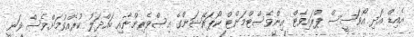
އެއިޑް އަދި އޯވަސީސް ޕްރައިވެޓް އިންވެސްޓްމަންޓް ކޯޕަރޭޝަންގެ އިސްވެރިންނާއި ބައްދަލު ކުރެއްވުމަށްވެސް ވަނީ